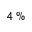
4 \, \%